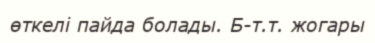
өткелі пайда болады. Б-т.т. жогары